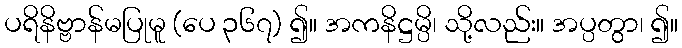
ပရိနိဗ္ဗာန်မပြုမူ (ပေ ၃၆၇) ၍။ အကနိဋ္ဌမ္ပိ၊ သို့လည်း။ အပ္ပတွာ၊ ၍။